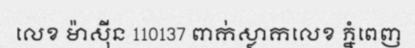
លេខ ម៉ាស៊ីន 110137 ពាក់ស្លាកលេខ ភ្នំពេញ